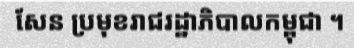
សែន ប្រមុខរាជរដ្ឋាភិបាលកម្ពុជា ។